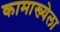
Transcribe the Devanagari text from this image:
कामाख्येला